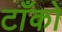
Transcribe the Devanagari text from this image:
टाँको